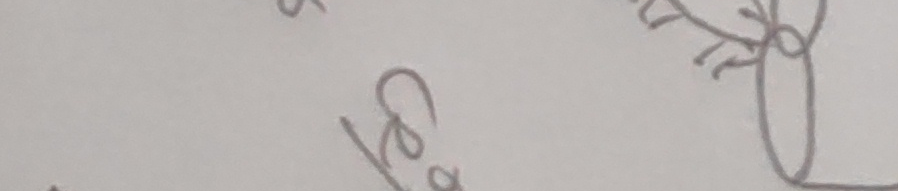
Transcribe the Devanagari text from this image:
कसको